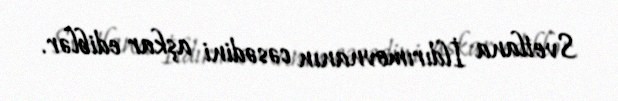
Svetlana İldırımovnanın cəsədini aşkar ediblər.